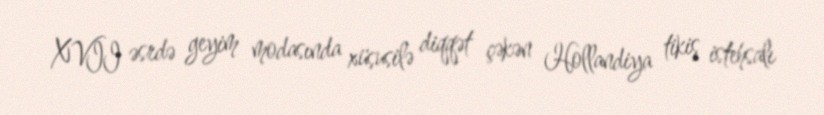
XVII əsrdə geyim modasında xüsusilə diqqət çəkən Hollandiya tikiş istehsalı